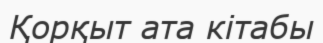
Қорқыт ата кітабы